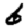
Digit: 6